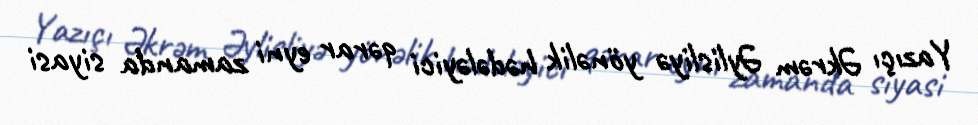
Yazıçı Əkrəm Əylisliyə yönəlik hədələyici qərar eyni zamanda siyasi